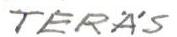
TERÄS